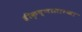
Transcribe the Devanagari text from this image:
श्रीकृष्णासारखा